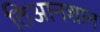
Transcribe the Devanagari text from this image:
तिआनशान